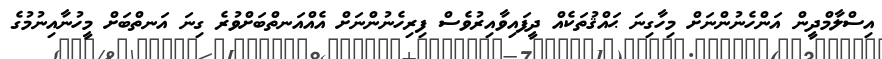
އިސްލާމްދީން އަންހެނުންނަށް މިހާގިނަ ޙައްޤުތަކެއް ދީފައިވާއިރުވެސް ފިރިހެނުންނަށް އެއްއަނތްބަށްވުރެ ގިނަ އަނތްބަށް މީހުނާއިނުމުގެ